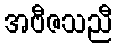
အဗီဇသညီ